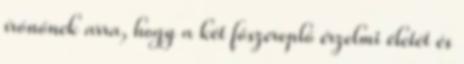
írónőnek arra, hogy a két főszereplő érzelmi életét és